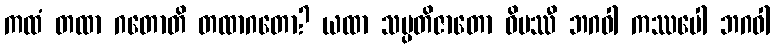
ကထံ တထာ ဂတောတိ တထာဂတော? ယထာ သမ္ပတိဇာတော ဝိပဿီ ဘဂဝါ ကဿပေါ ဘဂဝါ